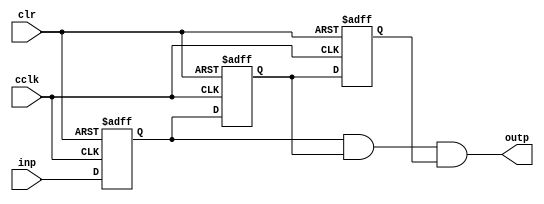
`timescale 1ns / 1ps
//////////////////////////////////////////////////////////////////////////////////
// Company: 
// Engineer: 
// 
// Design Name: 
// Module Name:    debounce_fsm 
// Project Name: 
// Target Devices: 
// Tool versions: 
// Description: 
//
// Dependencies: 
//
// Revision: 
// Revision 0.01 - File Created
// Additional Comments: 
//
//////////////////////////////////////////////////////////////////////////////////
module debounce_fsm(
    input wire  inp,
    input wire cclk,
    input wire clr,
    output wire  outp
    );
	 
	 reg delay1;
	 reg delay2;
	 reg delay3;
	 
	 always @(posedge cclk or posedge clr )
	 begin
			if (clr == 1)
				begin 
					delay1 <= 1'b0;
					delay2 <= 1'b0;
					delay3 <= 1'b0;
				end
			else
				begin
					delay1 <= inp;
					delay2 <= delay1;
					delay3 <= delay2;
				end
	 end
		
	 assign outp = delay1 & delay2 & delay3;


endmodule